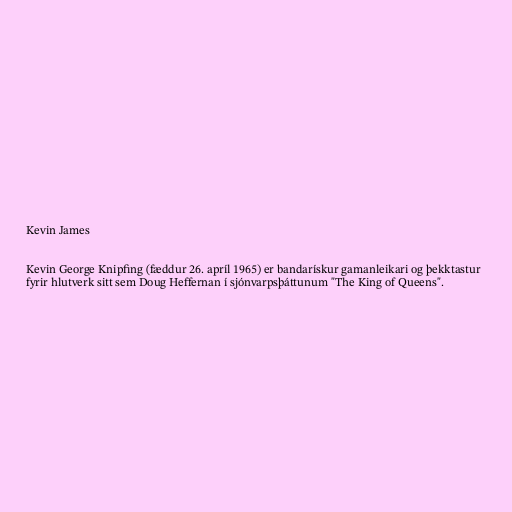
Kevin James

Kevin George Knipfing (fæddur 26. apríl 1965) er bandarískur gamanleikari og þekktastur
fyrir hlutverk sitt sem Doug Heffernan í sjónvarpsþáttunum "The King of Queens".